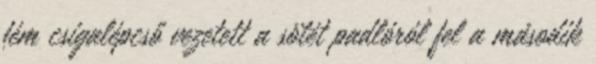
fém csigalépcső vezetett a sötét padlóról fel a második